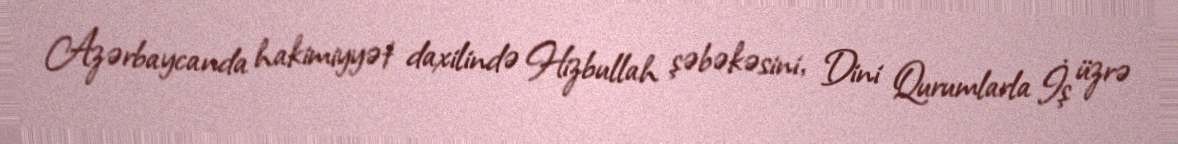
Azərbaycanda hakimiyyət daxilində Hizbullah şəbəkəsini, Dini Qurumlarla İş üzrə